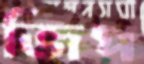
জিপ